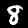
Digit: 8